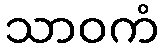
သာဝကံ